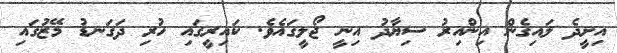
އިށީދެ ލައިގެން އިންއިރު ސިޔާދު އިނީ ޖޯލީގައެވެ. ކައިރީގައި ހުރި ދަގަނޑު މޭޒުގައި